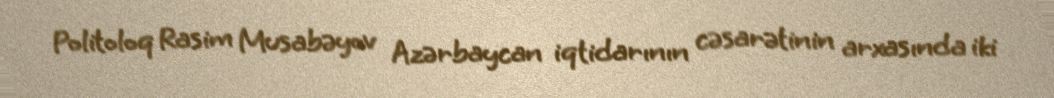
Politoloq Rasim Musabəyov Azərbaycan iqtidarının cəsarətinin arxasında iki